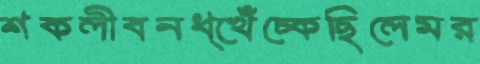
শকলীবনধ্খেঁচ্‌কেছিলেমর